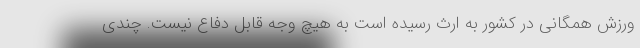
ورزش همگانی در کشور به ارث رسیده است به هیچ وجه قابل دفاع نیست. چندی